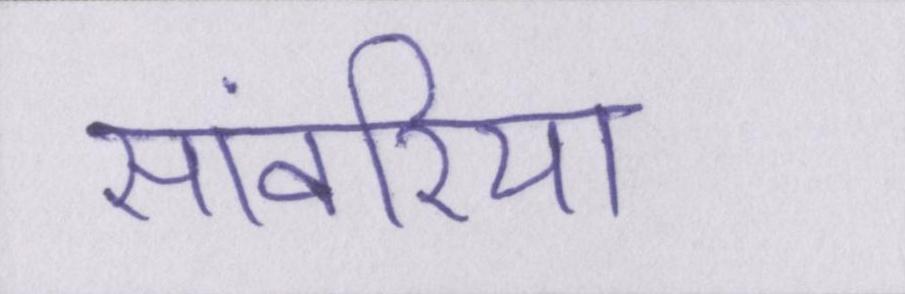
सांवरिया